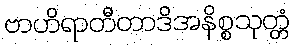
ဗာဟိရာတီတာဒိအနိစ္စသုတ္တံ